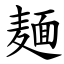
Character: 麺